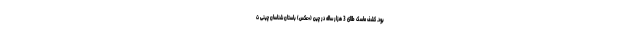
بود. کشف ماسک طلای 3 هزار ساله در چین (+عکس) باستان شناسان چینی ت